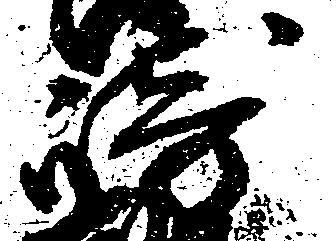
崎